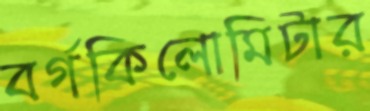
বর্গকিলোমিটার